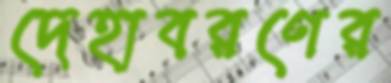
দেহাবরণের